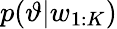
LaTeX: p(\vartheta|w_{1:K})